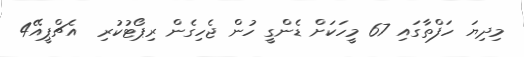
މިދިޔަ ހަފްތާގައި 67 މީހަކަށް ޑެންގީ ހުން ޖެހިގެން ރިޕޯޓުކުރި  އެޗްޕީއޭ4